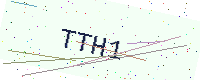
Text: TTH1